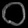
Digit: ၀